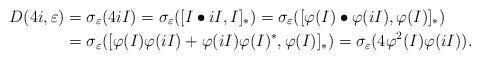
LaTeX: \begin{align*}D(4i,\varepsilon)&=\sigma_{\varepsilon}(4iI)=\sigma_{\varepsilon}([I\bullet iI,I]_{\ast})=\sigma_{\varepsilon}([\varphi(I)\bullet \varphi(iI),\varphi(I)]_{\ast})\\&=\sigma_{\varepsilon}([\varphi(I)\varphi(iI)+\varphi(iI)\varphi(I)^{\ast},\varphi(I)]_{\ast})=\sigma_{\varepsilon}(4\varphi^{2}(I)\varphi(iI)).\end{align*}